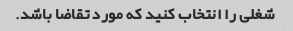
شغلی را انتخاب کنید که مورد تقاضا باشد.